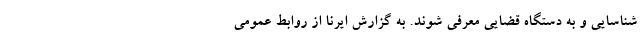
شناسایی و به دستگاه قضایی معرفی شوند. به گزارش ایرنا از روابط عمومی